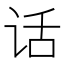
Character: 话